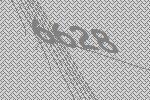
6628